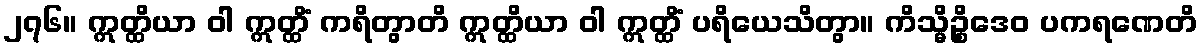
၂၇၆။ ဣတ္ထိယာ ဝါ ဣတ္ထိံ ကရိတွာတိ ဣတ္ထိယာ ဝါ ဣတ္ထိံ ပရိယေသိတွာ။ ကိသ္မိဉ္စိဒေဝ ပကရဏေတိ